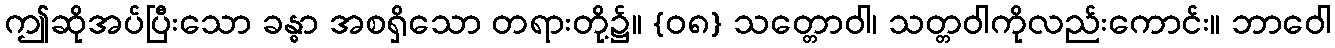
ဤဆိုအပ်ပြီးသော ခန္ဓာ အစရှိသော တရားတို့၌။ {၀၈} သတ္တောဝါ၊ သတ္တဝါကိုလည်းကောင်း။ ဘာဝေါ